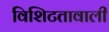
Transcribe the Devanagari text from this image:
विशिटतावाली